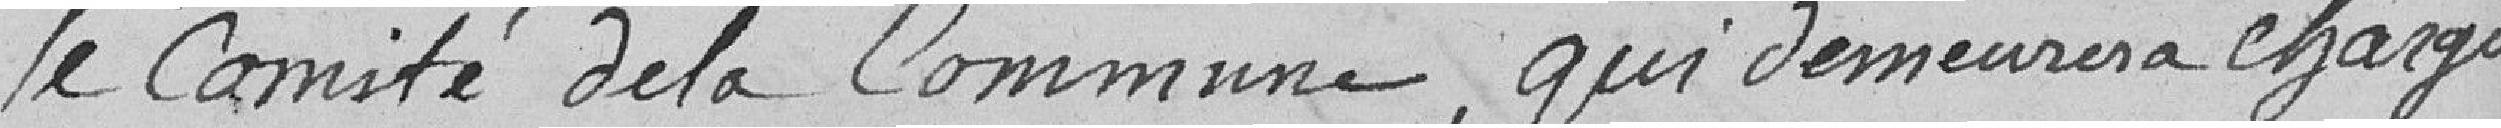
le Comité de la Commune, qui demeurera chargé